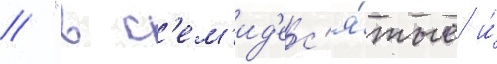
// "в с'ем'ид'ес'я́тые и́